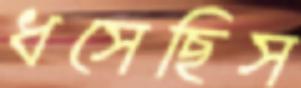
ধসেছিস